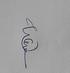
Signature authenticity: genuine